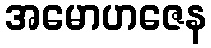
အမောဟဇေန